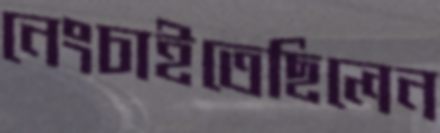
নেংচাইতেছিলেন